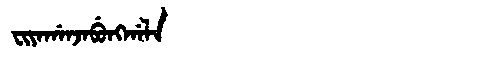
Manchu: ᠸᡳᠶᠠᡤᠠᠨᠵᠠᠪᡠᠩᡤᠠᠯᠠ
Romanization: FIYAGANJABUNGGALA